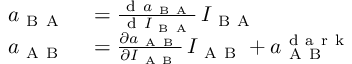
\begin{array} { r l } { a _ { \mathrm { ~ B ~ A ~ } } } & { { } = \frac { \mathrm { ~ d ~ } a _ { \mathrm { ~ B ~ A ~ } } } { \mathrm { ~ d ~ } I _ { \mathrm { ~ B ~ A ~ } } } \, I _ { \mathrm { ~ B ~ A ~ } } } \\ { a _ { \mathrm { ~ A ~ B ~ } } } & { { } = \frac { \partial a _ { \mathrm { ~ A ~ B ~ } } } { \partial I _ { \mathrm { ~ A ~ B ~ } } } \, I _ { \mathrm { ~ A ~ B ~ } } + a _ { \mathrm { ~ A ~ B ~ } } ^ { \mathrm { ~ d ~ a ~ r ~ k ~ } } } \end{array}